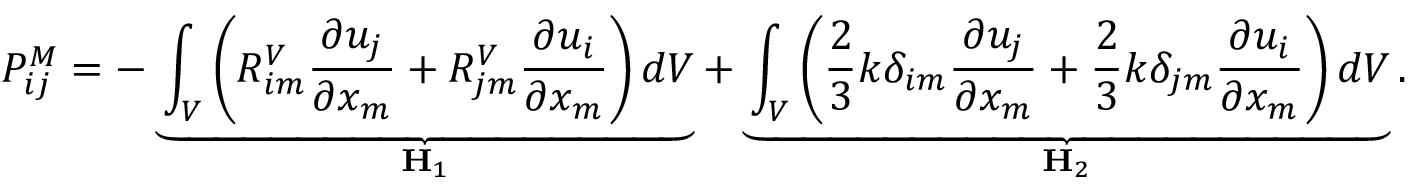
P _ { i j } ^ { M } = - \underbrace { \int _ { V } \left( R _ { i m } ^ { V } \frac { \partial u _ { j } } { \partial x _ { m } } + R _ { j m } ^ { V } \frac { \partial u _ { i } } { \partial x _ { m } } \right) d V } _ { \mathbf { H } _ { 1 } } + \underbrace { \int _ { V } \left( \frac { 2 } { 3 } k \delta _ { i m } \frac { \partial u _ { j } } { \partial x _ { m } } + \frac { 2 } { 3 } k \delta _ { j m } \frac { \partial u _ { i } } { \partial x _ { m } } \right) d V } _ { \mathbf { H } _ { 2 } } .